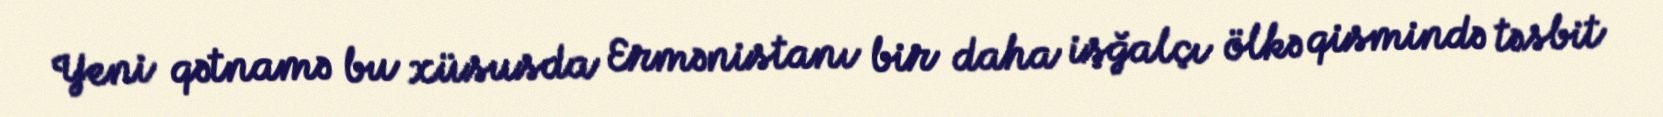
Yeni qətnamə bu xüsusda Ermənistanı bir daha işğalçı ölkə qismində təsbit